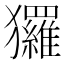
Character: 玀